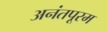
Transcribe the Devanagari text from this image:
अनंतपूरम